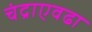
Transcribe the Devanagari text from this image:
चंद्राएवढा